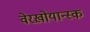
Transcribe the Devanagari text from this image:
वेरख़ोयान्स्क